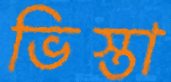
ভিস্তা